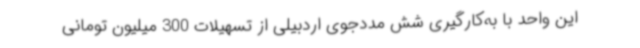
این واحد با به‌کارگیری شش مددجوی اردبیلی از تسهیلات 300 میلیون تومانی